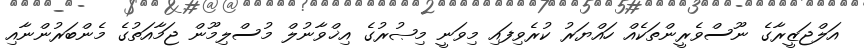
އަލްޖަޒީރާގެ ނޫސްވެރީންތަކެއް ހައްޔަރު ކުރެވިފައި މިވަނީ މިޞުރުގެ އިޚްވާނުލް މުސްލިމޫން ޖަމާއަތުގެ މެންބަރުންނާއި